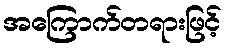
အကြောက်တရားဖြင့်